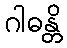
ဂါဓန္တိ